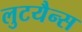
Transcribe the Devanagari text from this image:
लुटयैन्स